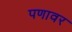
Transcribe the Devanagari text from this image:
पणावर